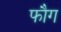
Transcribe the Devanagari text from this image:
फौग